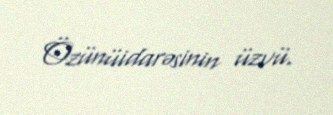
Özünüidarəsinin üzvü.